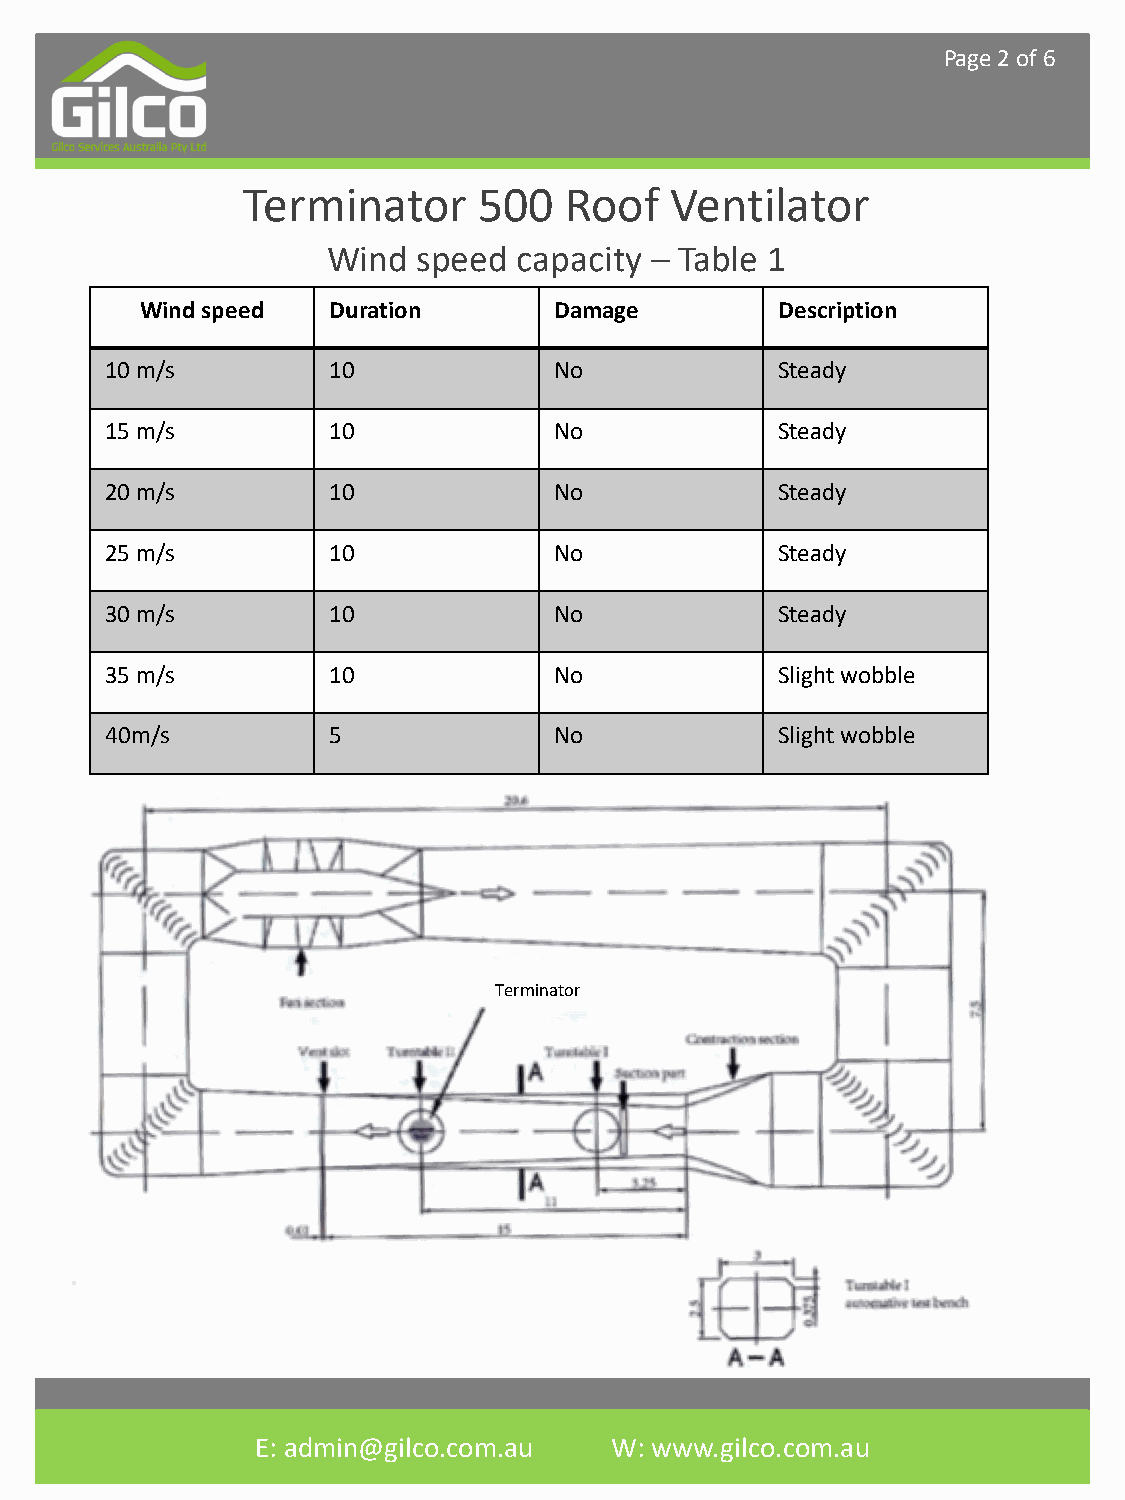
Page 2 of 6
 Terminator      500  Roof   Ventilator
 Wind  speed capacity – Table 1
 Wind speed   Duration       Damage         Description
 10 m/s         10             No             Steady
 15 m/s         10             No             Steady
 20 m/s         10             No             Steady
 25 m/s         10             No             Steady
 30 m/s         10             No             Steady
 35 m/s         10             No             Slightwobble
 40m/s          5              No             Slight wobble
 Terminator
 E: admin@gilco.com.au   W: www.gilco.com.au